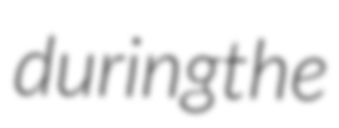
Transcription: during the